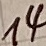
Text: 14